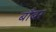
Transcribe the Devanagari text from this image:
बाँबर